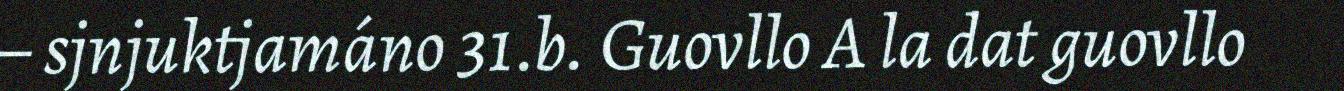
– sjnjuktjamáno 31.b. Guovllo A la dat guovllo